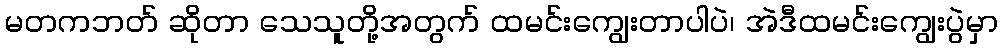
မတကဘတ် ဆိုတာ သေသူတို့အတွက် ထမင်းကျွေးတာပါပဲ၊ အဲဒီထမင်းကျွေးပွဲမှာ